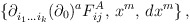
\begin{align*}\{\partial^{}_{i_1 \ldots i_k}(\partial_0)^aF^{A}_{ij},\,x^m,\,dx^m\}\,,\end{align*}